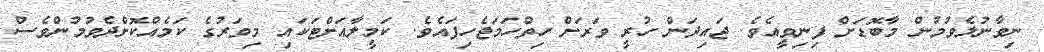
ނިވާނުލެވުމުން މާބޮޑަށް ފިނިވީއެވެ. ޖައިދަން ހުރީ ވަރަށް ހިތްހަމަޖެހިފައެވެ. ކަމީލާއަށްޓަކައި މިވަރުގެ ކަމެއްކޮށްދެވުމުންވެސް